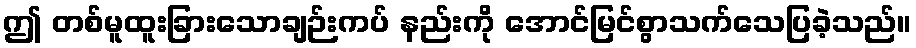
ဤ တစ်မူထူးခြားသောချဉ်းကပ် နည်းကို အောင်မြင်စွာသက်သေပြခဲ့သည်။